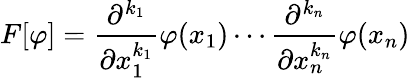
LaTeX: F[\varphi]={\frac{\partial^{k_{1}}}{\partial x_{1}^{k_{1}}}}\varphi(x_{1})\cdots{\frac{\partial^{k_{n}}}{\partial x_{n}^{k_{n}}}}\varphi(x_{n})